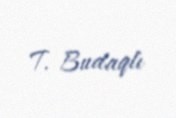
T. Budaqlı